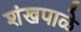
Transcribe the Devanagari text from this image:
शंखपाळे